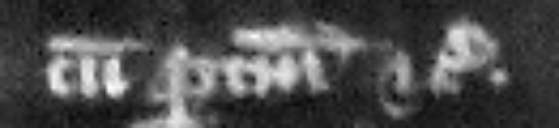
cum pertinenciis etc.